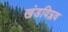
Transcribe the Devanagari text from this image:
खंडविप्लव